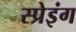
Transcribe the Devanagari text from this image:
स्प्रेइंग